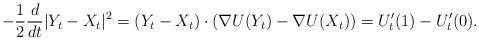
LaTeX: \begin{align*} - \frac{1}{2} \frac{d}{dt} \vert Y_t - X_t \vert^2=(Y_t - X_t) \cdot (\nabla U(Y_t) - \nabla U(X_t))=U_t' (1) - U_t'(0).\end{align*}